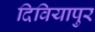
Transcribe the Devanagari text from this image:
दिवियापुर